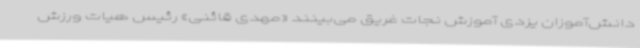
دانش‌آموزان یزدی آموزش نجات غریق می‌بینند «مهدی قائنی» رئیس هیات ورزش